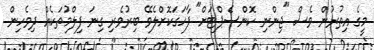
މީގެ އިތުރުން ވެސް "ޖިންނި ކޮންސެޕްޓަށް" ފާހަގަކޮށްލެވޭ ބިރުވެރި ގިނަ ފިލްމުތަކެއް ދިވެހިން